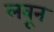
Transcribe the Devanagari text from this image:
लवून